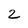
Character: 2